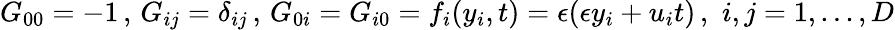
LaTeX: G_{00}=-1\, ,\, G_{ij}=\delta_{ij}\, ,\, G_{0i}=G_{i0}=f_{i}(y_{i},t)=\epsilon(\epsilon y_{i}+u_{i}t)\, ,\, \, i,j=1,...,D